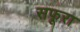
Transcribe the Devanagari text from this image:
सफूरा